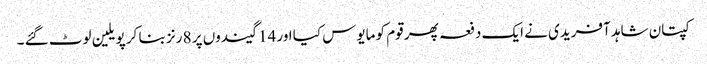
کپتان شاہد آفریدی نے ایک دفعہ پھر قوم کو مایوس کیا اور 14 گیندوں پر 8 رنز بنا کر پویلین لوٹ گئے ۔